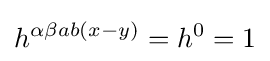
h^{\alpha \beta ab(x-y)}=h^{0}=1